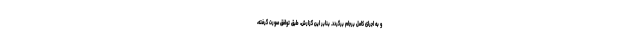
و به اجرای کامل برجام برگردد. بنابر این گزارش، طبق توافق صورت گرفته،